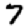
Digit: 7